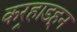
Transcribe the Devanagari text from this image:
कर्‍हाडहून